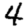
Digit: 4